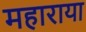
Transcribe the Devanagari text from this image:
महाराया